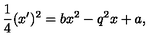
\frac { 1 } { 4 } ( x ^ { \prime } ) ^ { 2 } = b x ^ { 2 } - q ^ { 2 } x + a ,